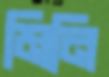
মিনি